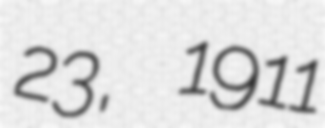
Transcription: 23, 1911